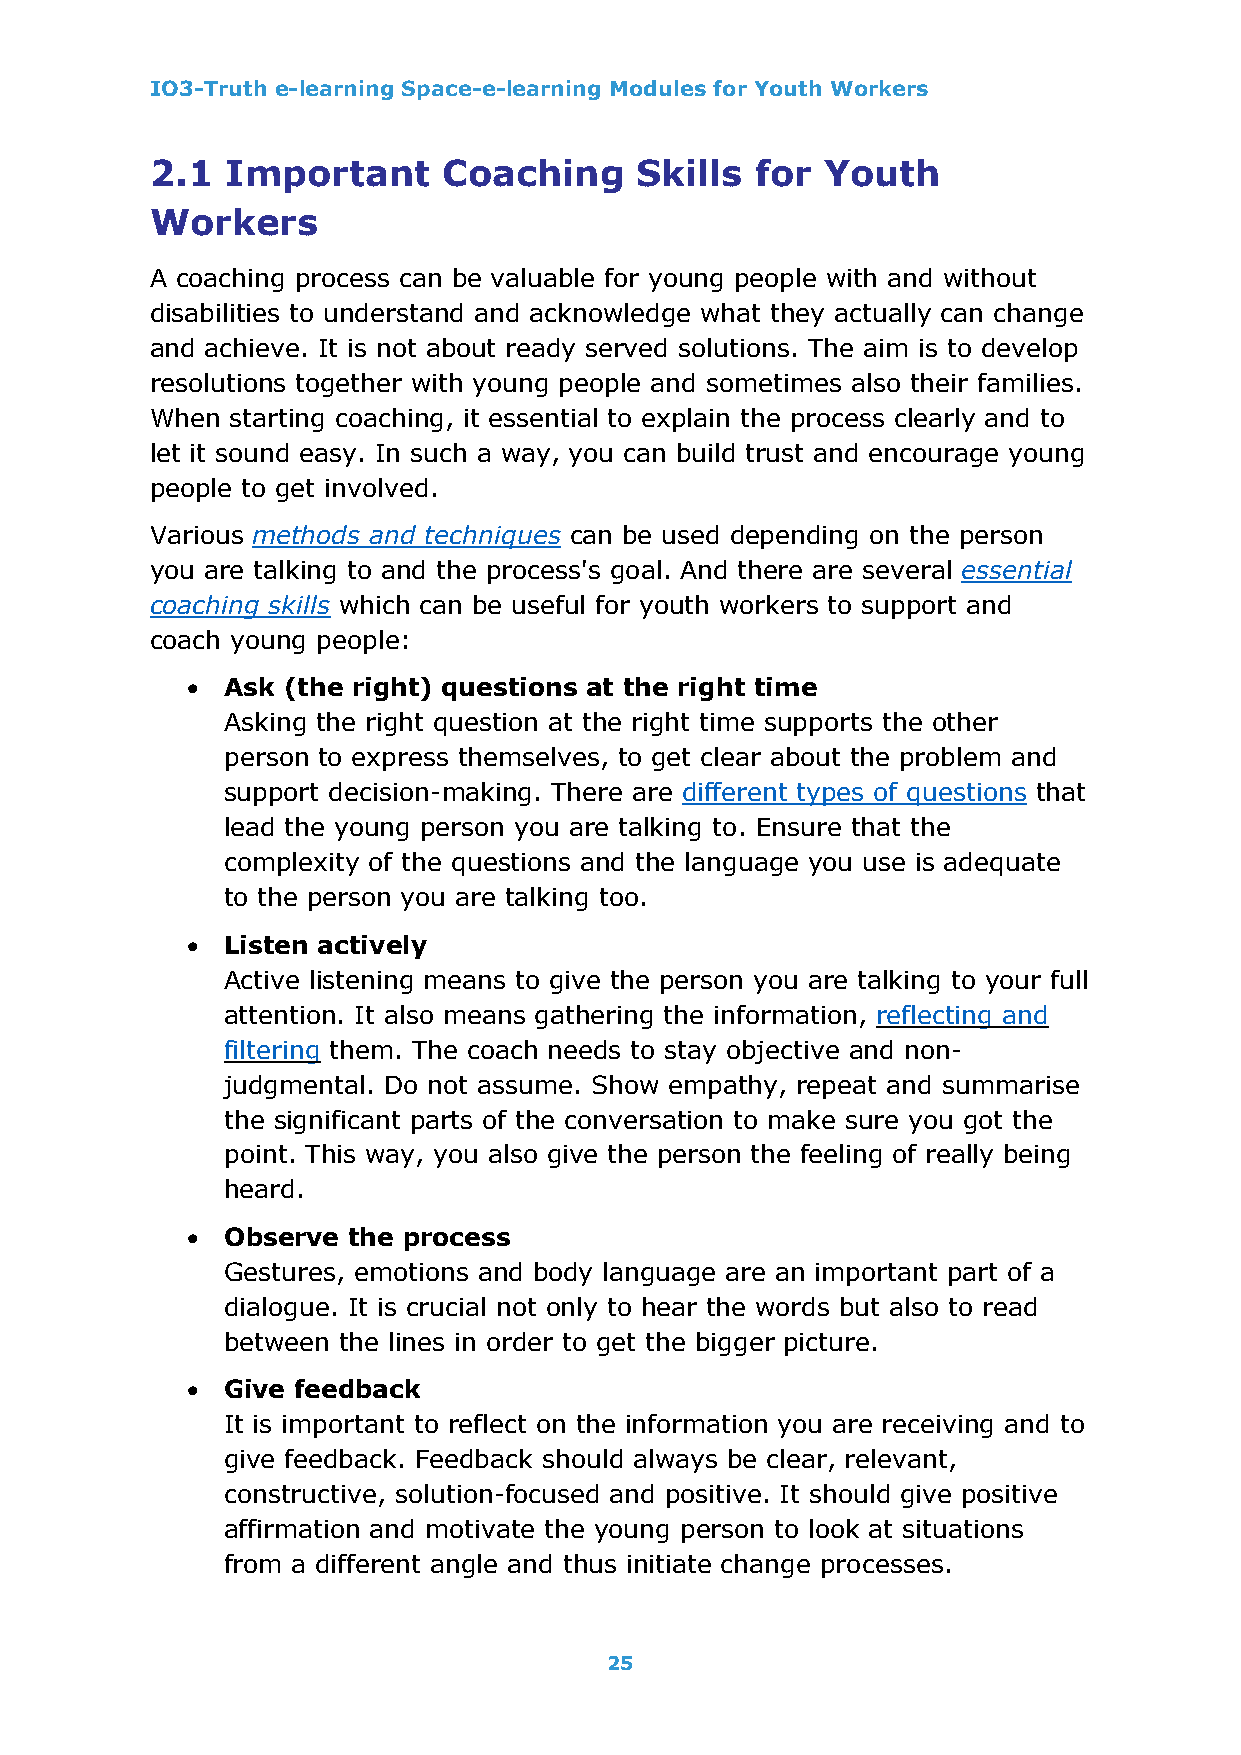
IO3-Truth e-learning Space-e-learning Modules for Youth Workers
 2.1  Important     Coaching     Skills  for  Youth
 Workers
 A coaching process can be valuable for young people with and without
 disabilities to understand and acknowledge what they actually can change
 and achieve. It is not about ready served solutions. The aim is to develop
 resolutions together with young people and sometimes also their families.
 When starting coaching, it essential to explain the process clearly and to
 let it sound easy. In such a way, you can build trust and encourage young
 people to get involved.
 Various methods and techniques can be used depending on the person
 you are talking to and the process's goal. And there are several essential
 coaching skills which can be useful for youth workers to support and
 coach young people:
 •  Ask (the right) questions at the right time
 Asking the right question at the right time supports the other
 person to express themselves, to get clear about the problem and
 support decision-making. There are different types of questions that
 lead the young person you are talking to. Ensure that the
 complexity of the questions and the language you use is adequate
 to the person you are talking too.
 •  Listen actively
 Active listening means to give the person you are talking to your full
 attention. It also means gathering the information, reflecting and
 filtering them. The coach needs to stay objective and non-
 judgmental. Do not assume. Show empathy, repeat and summarise
 the significant parts of the conversation to make sure you got the
 point. This way, you also give the person the feeling of really being
 heard.
 •  Observe the process
 Gestures, emotions and body language are an important part of a
 dialogue. It is crucial not only to hear the words but also to read
 between the lines in order to get the bigger picture.
 •  Give feedback
 It is important to reflect on the information you are receiving and to
 give feedback. Feedback should always be clear, relevant,
 constructive, solution-focused and positive. It should give positive
 affirmation and motivate the young person to look at situations
 from a different angle and thus initiate change processes.
 25